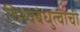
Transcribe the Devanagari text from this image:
विश्वबंधुत्वाची